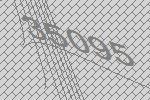
35095